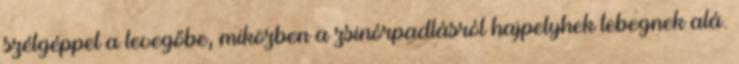
szélgéppel a levegőbe, miközben a zsinórpadlásról hajpelyhek lebegnek alá.